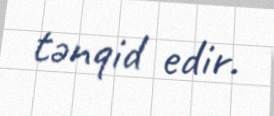
tənqid edir.